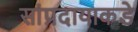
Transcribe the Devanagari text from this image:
सांप्रदायाकडे